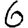
Digit: 6